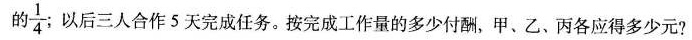
的 $$ \frac{1}{4} $$ 以后三人合作5天完成任务。按完成工作量的多少付酬，甲、乙、丙各应得多少元?